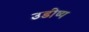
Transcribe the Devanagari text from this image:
उडीष्य